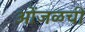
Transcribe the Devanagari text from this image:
ओंजळची